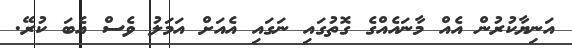
އަނިޔާކުރުން އެއް މާނައެއްގެ ގޮތުގައި ނަގައި އެއަށް އަމަލު ވެސް އެބަ ކުރޭ.